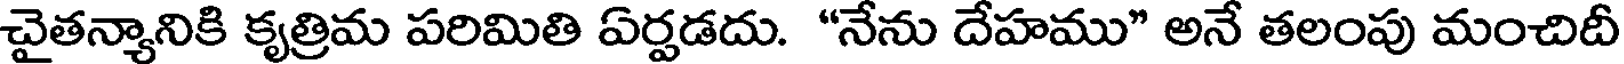
చైతన్యానికి కృత్రిమ పరిమితి ఏర్పడదు. "నేను దేహము" అనే తలంపు మంచిదీ